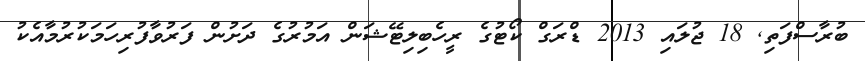
ބުރާސްފަތި